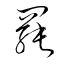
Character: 罷